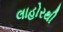
લાહોરથી